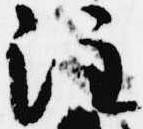
注